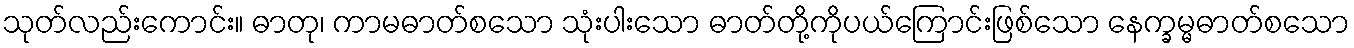
သုတ်လည်းကောင်း။ ဓာတု၊ ကာမဓာတ်စသော သုံးပါးသော ဓာတ်တို့ကိုပယ်ကြောင်းဖြစ်သော နေက္ခမ္မဓာတ်စသော